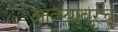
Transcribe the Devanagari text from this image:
आत्म्यावरच